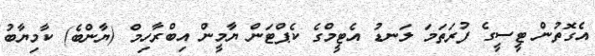
އެގޮތުން ޓީސީގެ ފުރަތަމަ ލަނޑު އެޓީމްގެ ކެޕްޓަން ޔާމީން އިބްރާހިމް (ޔާންބެ) ކާމިޔާބު